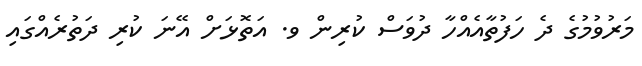
މަރުވުމުގެ ދެ ހަފުތާއެއްހާ ދުވަސް ކުރިން ވ. އަތޮޅަށް އޭނަ ކުރި ދަތުރެއްގައި